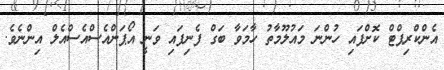
އެންކްރިޕްޓް ކޮށްފައި ހުންނަ މައުލޫމާތު ހާމަވާ ބަގް ފެނިފައި ވަނީ އޯޕަންއެސްއެސްއެލް އިންނެވެ.